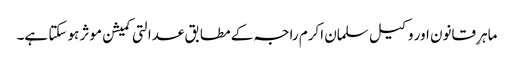
ماہرِ قانون اور وکیل سلمان اکرم راجہ کے مطابق عدالتی کمیشن موثر ہو سکتا ہے۔